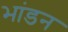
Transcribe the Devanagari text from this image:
भांडन